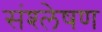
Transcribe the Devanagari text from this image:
संश्‍लेषण